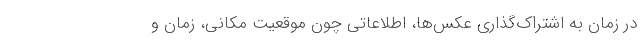
در زمان به اشتراک‌گذاری عکس‌ها، اطلاعاتی چون موقعیت مکانی، زمان و